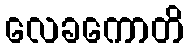
လေခကောတိ